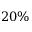
2 0 \%